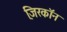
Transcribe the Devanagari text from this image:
जि़रकॉन